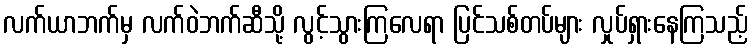
လက်ယာဘက်မှ လက်ဝဲဘက်ဆီသို့ လွင့်သွားကြလေရာ ပြင်သစ်တပ်များ လှုပ်ရှားနေကြသည့်